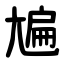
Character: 㞈